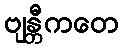
ဗျန္တီကတေ